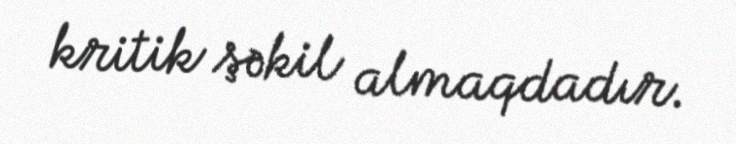
kritik şəkil almaqdadır.